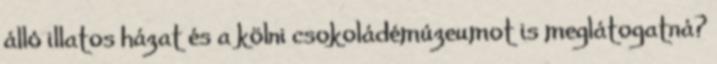
álló illatos házat és a kölni csokoládémúzeumot is meglátogatná?